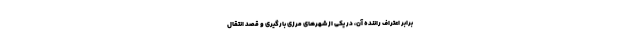
برابر اعتراف راننده آن، در یکی از شهرهای مرزی بارگیری و قصد انتقال